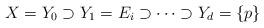
LaTeX: \begin{align*}X=Y_0\supset Y_1=E_i\supset \cdots \supset Y_d=\{p\}\end{align*}